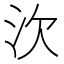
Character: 㳄